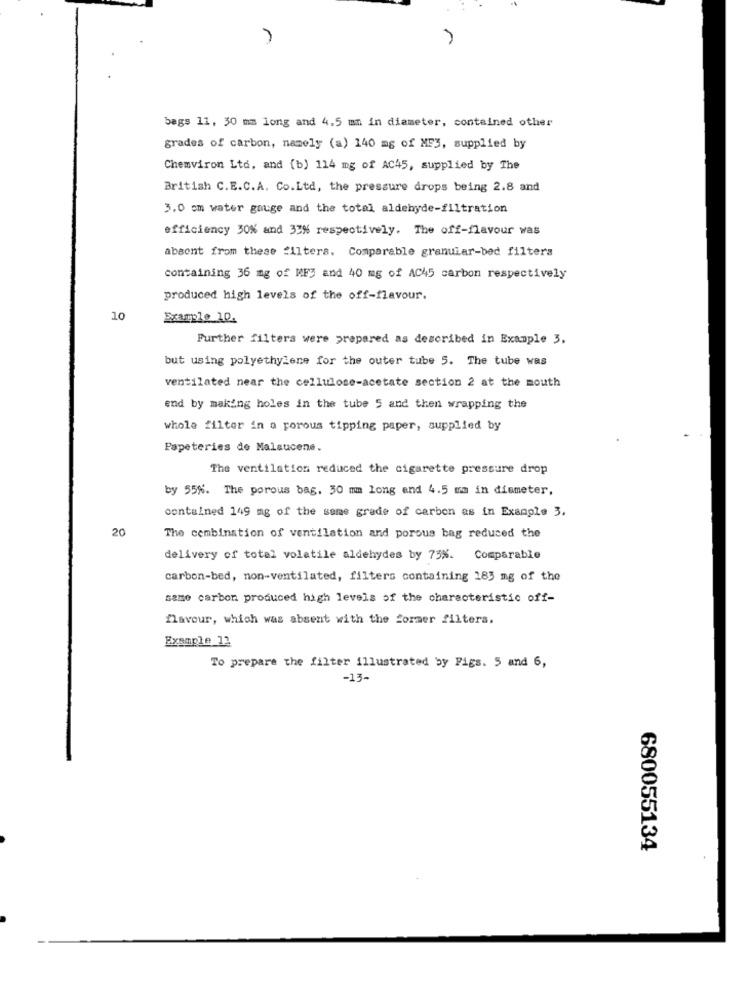
bags 11, 30 mm long and 4.5 mm in diameter, contained other
grades of carbon, namely (a) 140 mg of ME3, supplied by
Chemviron Ltd, and (b) 114 mg of AC45, supplied by The
British C.E.C.A. Co.Ltd, the pressure drops being 2.8 and
3.0 om water gauge and the total aldehyde-filtration
efficiency 30% and 33% respectively. The off-flavour was
absent from these filters. Comparable granular-bed filters
containing 36 mg of MFJ and 40 mg of AC45 carbon respectively
produced high levels of the off-flavour.
10
Example 10.
Further filters were prepared as described in Example 3.
but using polyethylene for the outer tube 5. The tube was
ventilated near the cellulose-acetate section 2 at the mouth
end by making holes in the tube 5 and then wrapping the
whole filter in a porous tipping paper, supplied by
Papeteries de Malsucene.
The ventilation reduced the cigarette pressure drop
by 55%. The porous bag, 30 mm long and 4.5 mm in diameter,
contained 149 mg of the same grade of carbon as in Example 3.
20
The combination of ventilation and porous bag reduced the
delivery of total volatile aldehydes by 75%. Comparable
carbon-bed, non-ventilated, filters containing 183 mg of the
same carbon produced high levels of the characteristic off-
navour, which was absent with the former filters.
Example 12
To prepare the filter illustrated by Figs. 5 and 6,
-13-
680055134